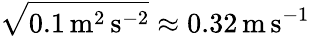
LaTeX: \sqrt{0.1\, \mathrm{{m}^{2}\, \mathrm{{s}^{-2}}}}\approx 0.32\, \mathrm{{m}\, \mathrm{{s}^{-1}}}